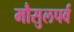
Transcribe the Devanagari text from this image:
मौसुलपर्व